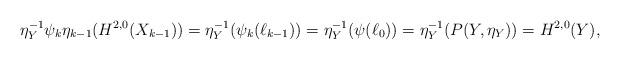
LaTeX: \begin{align*}\eta_Y^{-1}\psi_k\eta_{k-1}(H^{2,0}(X_{k-1}))=\eta_Y^{-1}(\psi_k(\ell_{k-1}))=\eta_Y^{-1}(\psi(\ell_0))=\eta_Y^{-1}(P(Y,\eta_Y))=H^{2,0}(Y),\end{align*}